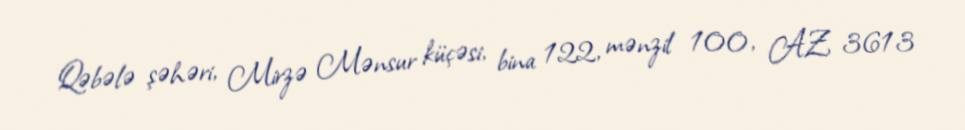
Qəbələ şəhəri, Mirzə Mənsur küçəsi, bina 122, mənzil 100, AZ 3613